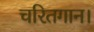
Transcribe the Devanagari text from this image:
चरितगान।